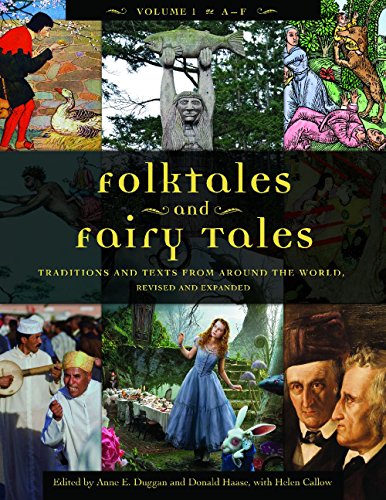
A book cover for Folktales and Fairy Tales [4 volumes]: Traditions and Texts from around the World, 2nd Edition; Donald Haase Ph.D.; Literature & Fiction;